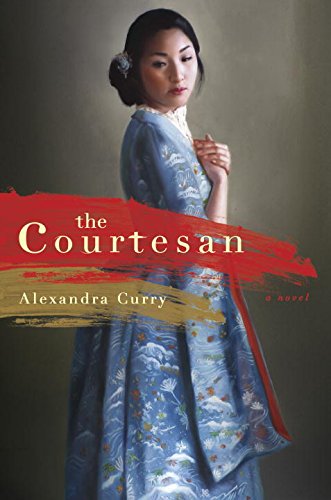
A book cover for The Courtesan: A Novel; Alexandra Curry; Literature & Fiction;